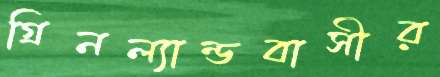
গ্রিনল্যান্ডবাসীর